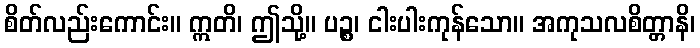
စိတ်လည်းကောင်း။ ဣတိ၊ ဤသို့။ ပဉ္စ၊ ငါးပါးကုန်သော။ အကုသလစိတ္တာနိ၊